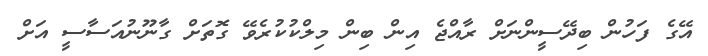
އޭގެ ފަހުން ބިދޭސީންނަށް ރާއްޖެ އިން ބިން މިލްކުކުރެވޭ ގޮތަށް ގާނޫނުއަސާސީ އަށް